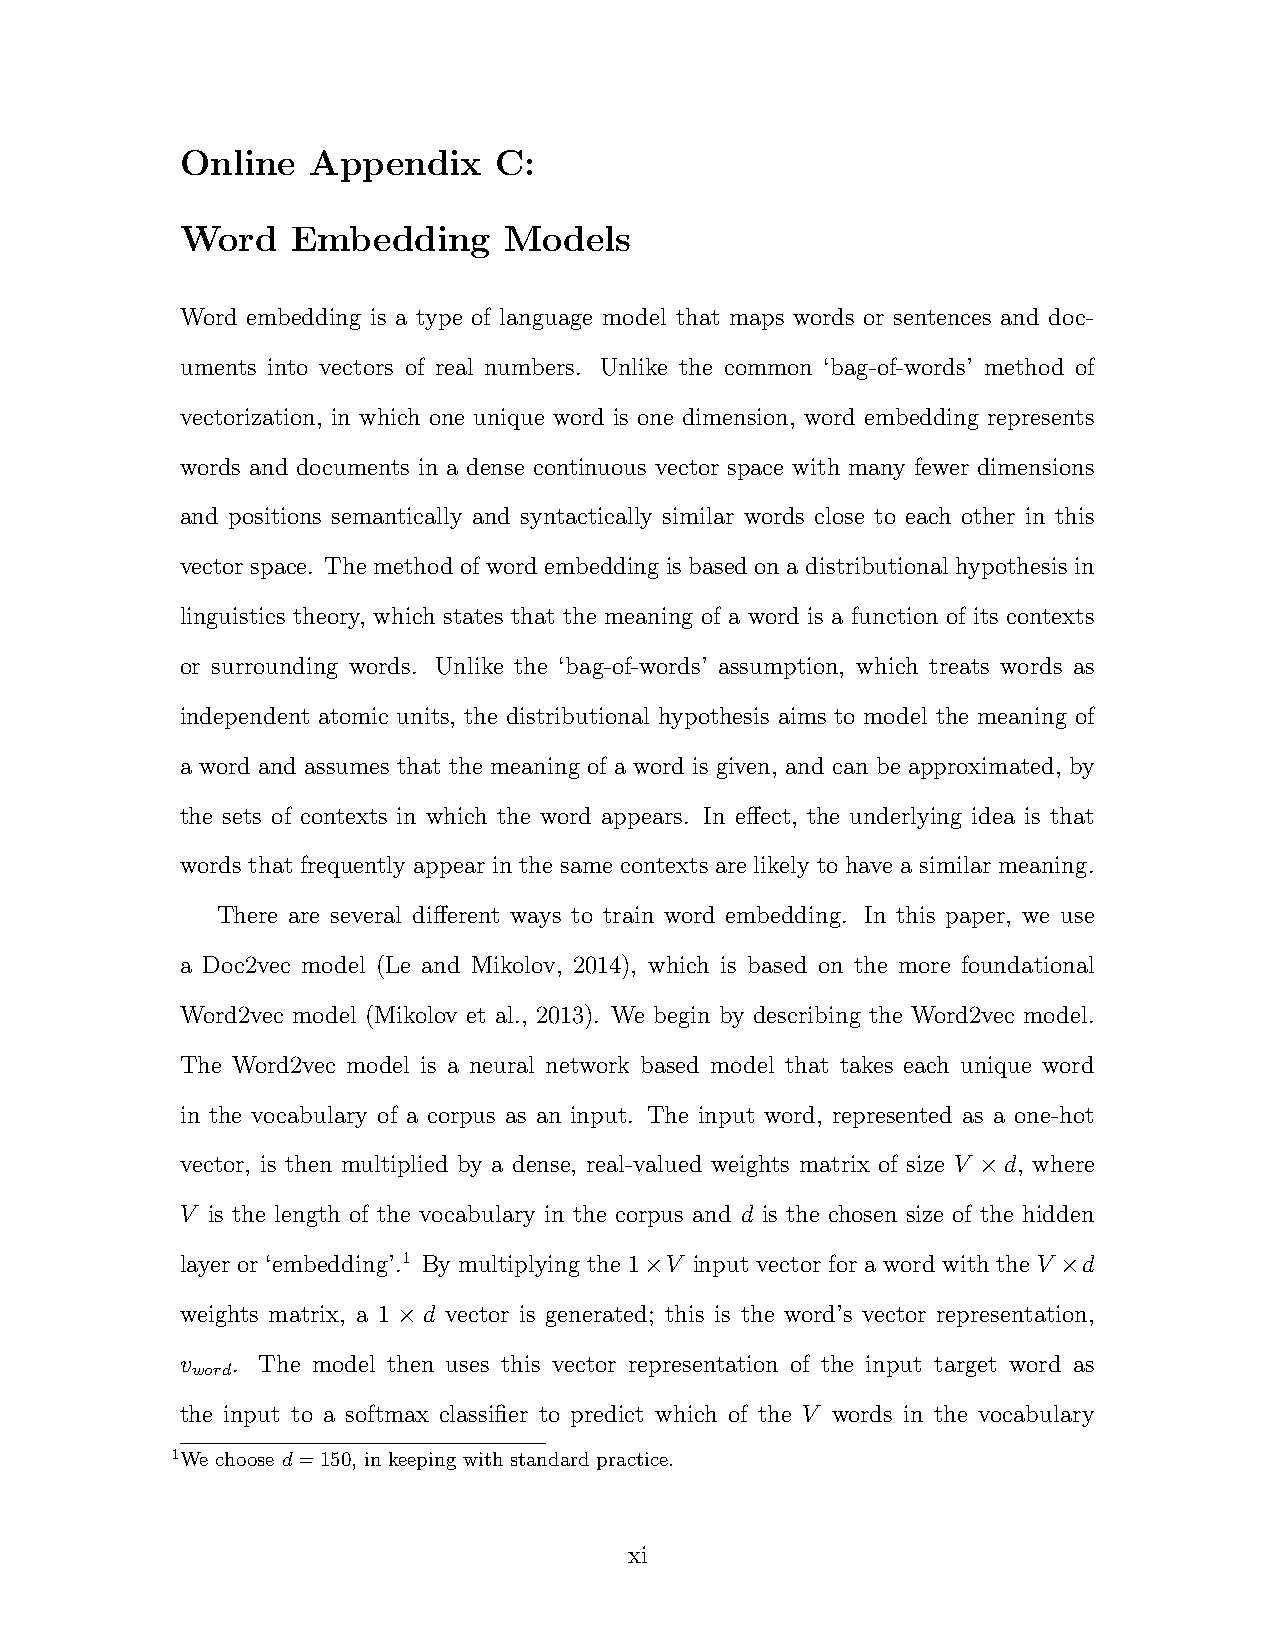
Online  Appendix     C:
 Word   Embedding     Models
 Word embedding is a type of language model that maps words or sentences and doc-
 uments into vectors of real numbers. Unlike the common ‘bag-of-words’ method of
 vectorization, in which one unique word is one dimension, word embedding represents
 words and documents in a dense continuous vector space with many fewer dimensions
 and positions semantically and syntactically similar words close to each other in this
 vector space. The method of word embedding is based on a distributional hypothesis in
 linguistics theory, which states that the meaning of a word is a function of its contexts
 or surrounding words. Unlike the ‘bag-of-words’ assumption, which treats words as
 independent atomic units, the distributional hypothesis aims to model the meaning of
 a word and assumes that the meaning of a word is given, and can be approximated, by
 the sets of contexts in which the word appears. In effect, the underlying idea is that
 words that frequently appear in the same contexts are likely to have a similar meaning.
 There are several different ways to train word embedding. In this paper, we use
 a Doc2vec model (Le and Mikolov, 2014), which is based on the more foundational
 Word2vec model (Mikolov et al., 2013). We begin by describing the Word2vec model.
 The Word2vec model is a neural network based model that takes each unique word
 in the vocabulary of a corpus as an input. The input word, represented as a one-hot
 vector, is then multiplied by a dense, real-valued weights matrix of size V ×d, where
 V is the length of the vocabulary in the corpus and d is the chosen size of the hidden
 layer or ‘embedding’.1 By multiplying the 1×V input vector for a word with the V ×d
 weights matrix, a 1 × d vector is generated; this is the word’s vector representation,
 v  . The model then uses this vector representation of the input target word as
 word
 the input to a softmax classifier to predict which of the V words in the vocabulary
 1We choose d=150, in keeping with standard practice.
 xi